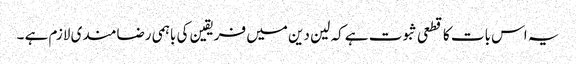
یہ اس بات کا قطعی ثبوت ہے کہ لین دین میں فریقین کی باہمی رضامندی لازم ہے ۔